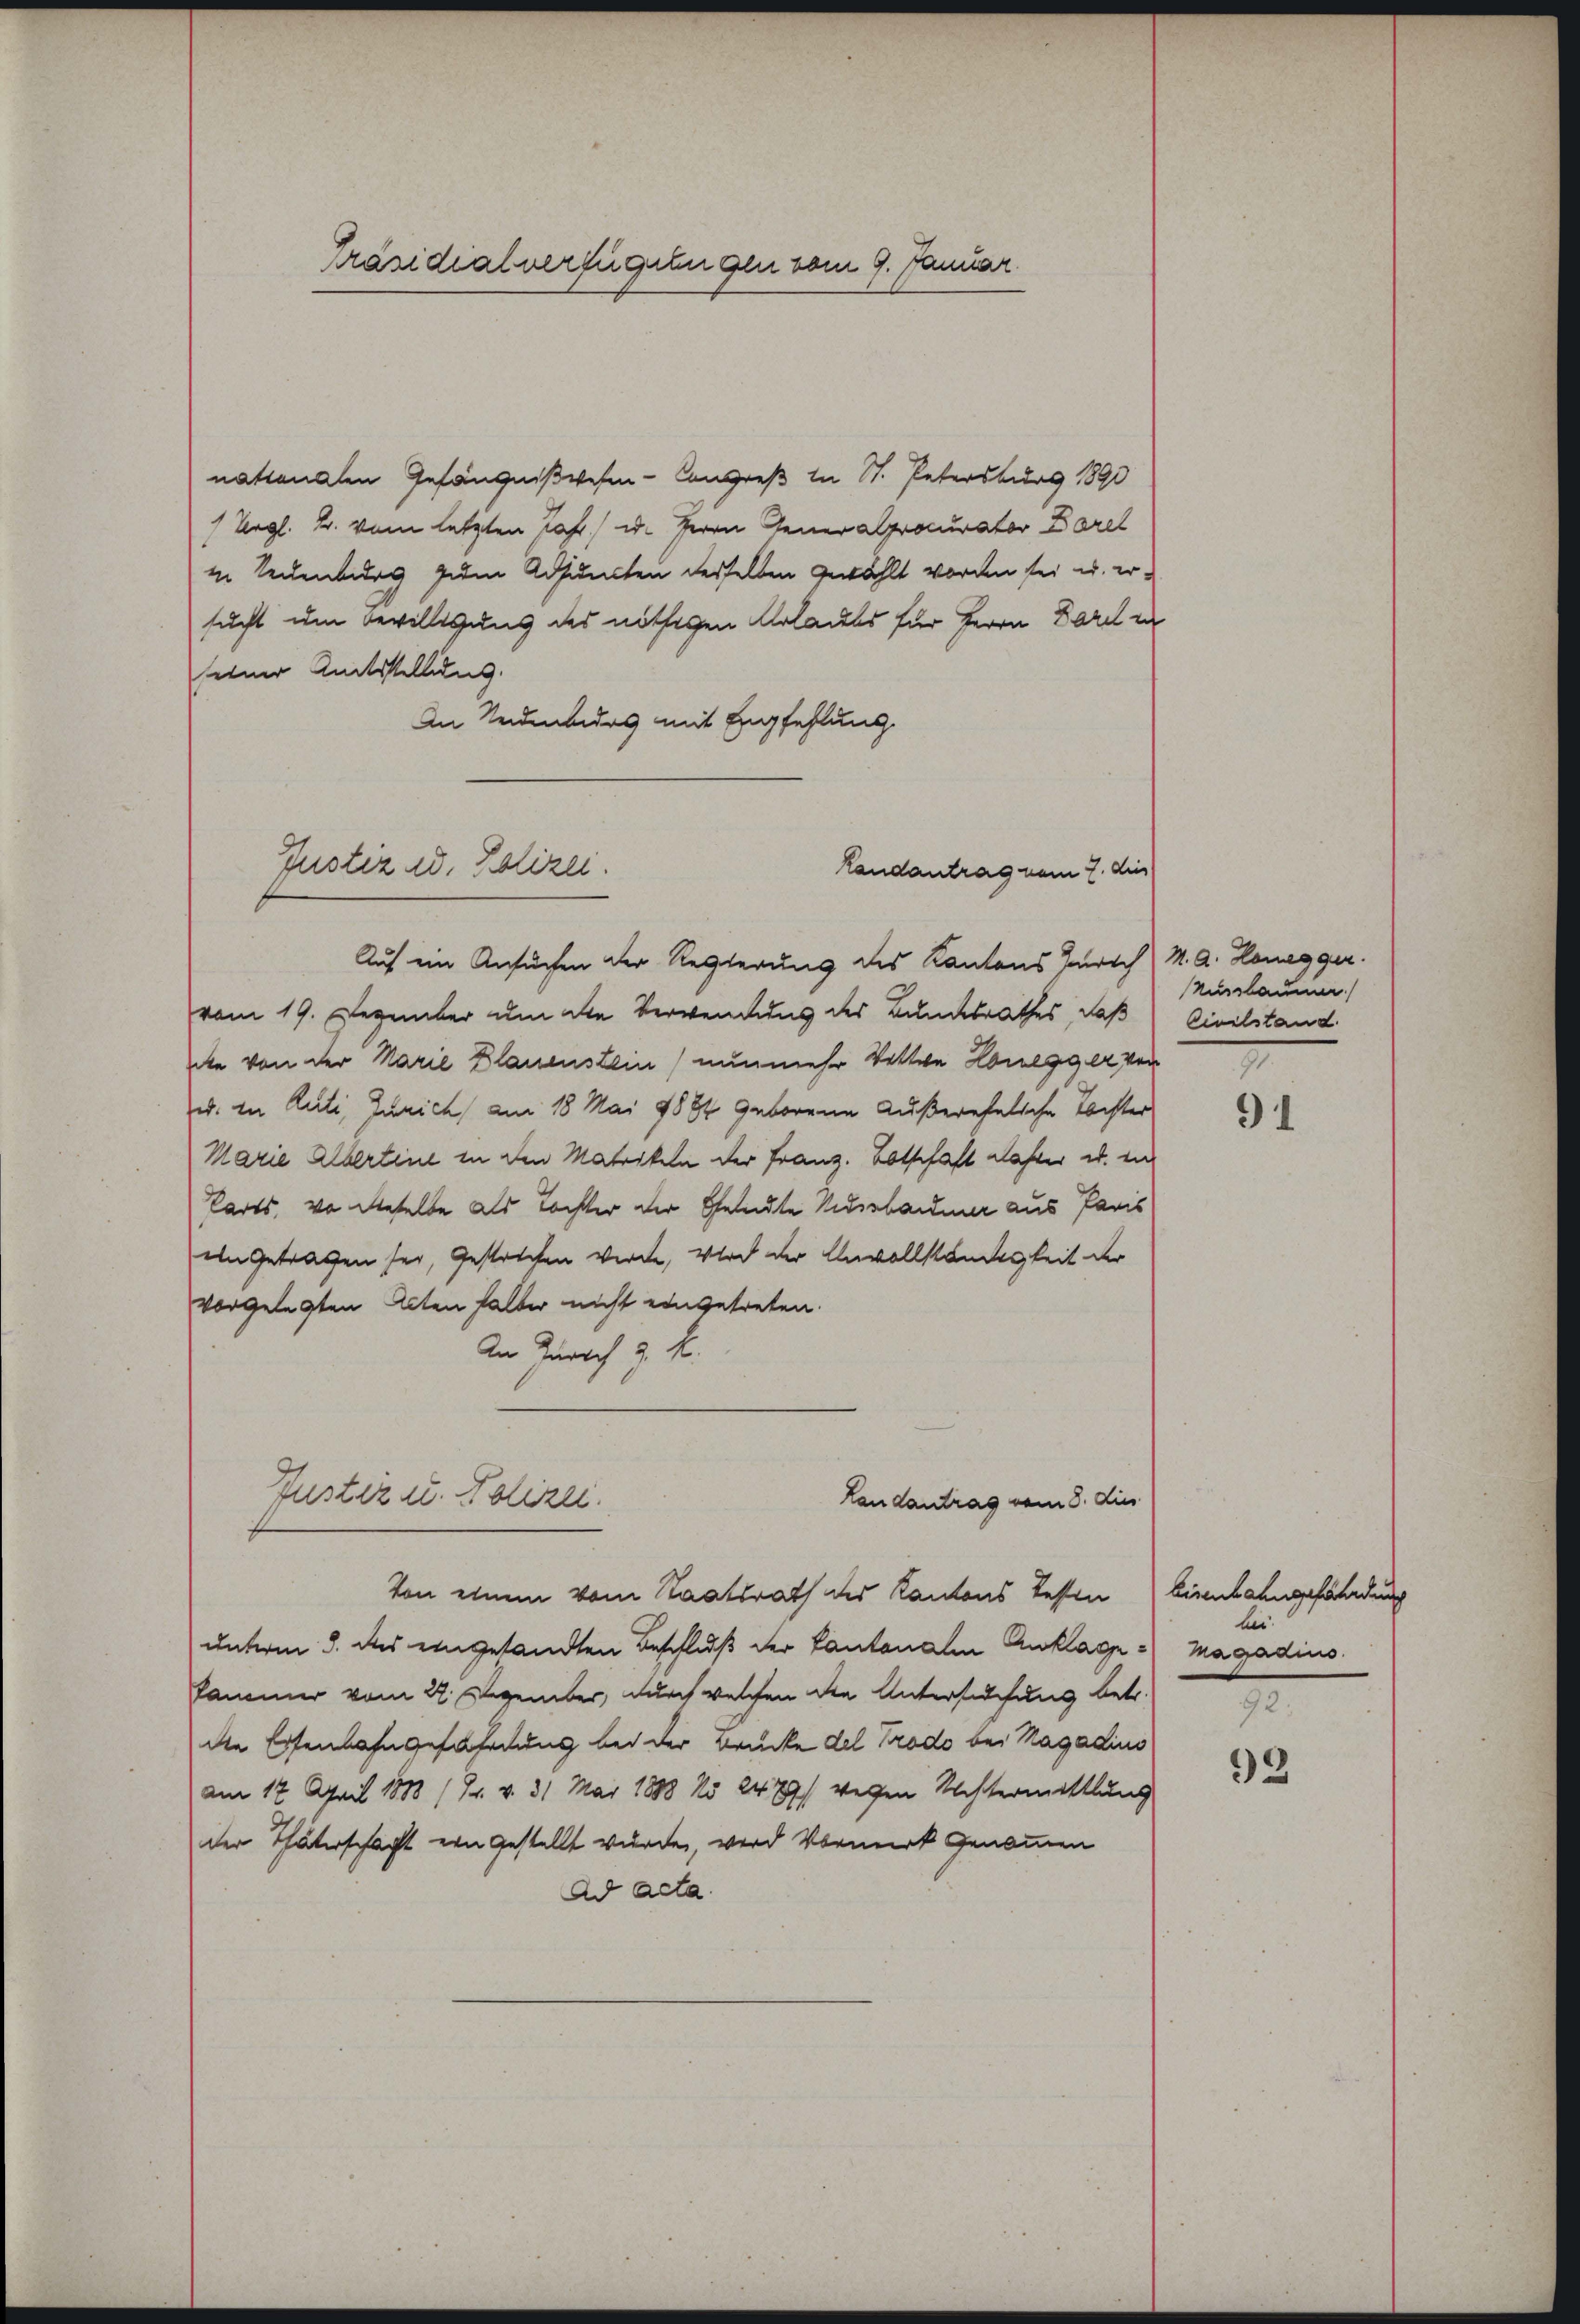
Präsidialverfügungen vom 9. Januar

nationalen Gefängnißwesen-Congreß in St. Petersburg 1890
/Urgl. B. vom letzten Jahr) u. Herrn Generalprocurator Darel
in Neuenburg zum Adjuncten derselben gewählt worden sei u. ersucht um Bewilligung des nöthigen Urlaubs für Herrn Darel in
seiner Amtsstellung.
An Neidmandes mit Empfehlung
Auf ein Ansuchen der Regierung des Kantons Zürich M. A. Honegger.
vom 19. Dezember um die Verwendung des Bundtrathes, daß
cte von der Marie Blauenstein) nunmehr Vettwe Honegger von
u. in Auti, Zürich am 18 Mai 1884 geborene Außereheliche Tochter
Marie Albertine in den Matriken der Franz. Botschaft daher u. in
Parts, wo dieselbe als Tochter der Geldte Niessbardiner aus Paris
eingetragen sei, gestrechen werde, wird der Unvollständigkeit der
vorgelegten Acten halber nicht eingetreten.
An Zürich z. K.
Justiz u. Polizei.
Landantrag vom 8. dies
Von einem vom Staatsrath des Kantons Tessen
unterm 3. des eingesandten Beschluß der Cantonalen Anklage : Magadins
Fammer vom 22. Dezember, durch welchen die Untersuchung betr.
die Eisenbahngefahrung bei der Brücke del Prodo bei Hagadins
am 17. April 1888 (Gr. v. 31 Mai 1888 No 2479/ wegen Rechtermittlung
der Thäterschafft ein gestellt wurde, wird Vormerk genommen
Ad Acta.

Justiz ed. Polizei.
Randantrag vom 7. dies

Nislaume
Civilstand.

91

bisenbahngefährdung
bei.
92:

92